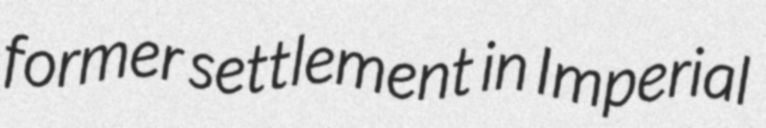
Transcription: former settlement in Imperial